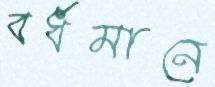
বর্ধমানে